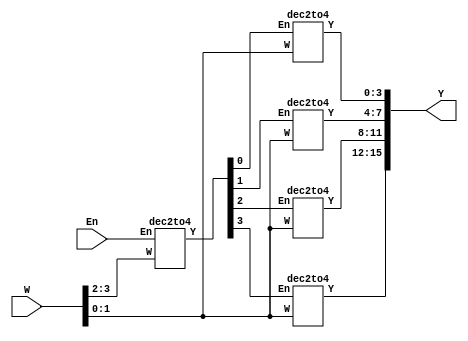
/* pg 328 - 4 to 16 decoder */

module bm_DL_4_16_encoder(W, Y, En);
	input [3:0] W;
	input En;
	output [15:0] Y;
	wire [3:0] M;
	
	dec2to4 Dec1 (W[3:2], M[3:0], En);
	dec2to4 Dec2 (W[1:0], Y[3:0], M[0]);
	dec2to4 Dec3 (W[1:0], Y[7:4], M[1]);
	dec2to4 Dec4 (W[1:0], Y[11:8], M[2]);
	dec2to4 Dec5 (W[1:0], Y[15:12], M[3]);

endmodule

module dec2to4(W, Y, En);
	input [1:0] W;
	input En;
	output [3:0] Y;
	reg [3:0] Y;
	
	always @(W or En)
		case ({En, W})
			3'b100: Y = 4'b1000;
			3'b101: Y = 4'b0100;
			3'b110: Y = 4'b0010;
			3'b111: Y = 4'b0001;
			default: Y = 4'b0000;
		endcase
	
endmodule